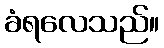
ခံရလေသည်။